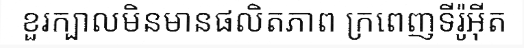
ខួរក្បាលមិនមានផលិតភាព ក្រពេញទីរ៉ូអ៊ីត